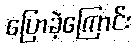
ပြောခဲ့ကြောင်း